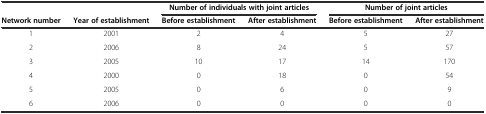
| <COLSPAN=2>  | <COLSPAN=2> Number of individuals with joint articles | <COLSPAN=2> Number of joint articles |
 | Network number | Year of establishment | Before establishment | After establishment | Before establishment | After establishment |
 | --- | --- | --- | --- | --- | --- |
 | 1 | 2001 | 2 | 4 | 5 | 27 |
 | 2 | 2006 | 8 | 24 | 5 | 57 |
 | 3 | 2005 | 10 | 17 | 14 | 170 |
 | 4 | 2000 | 0 | 18 | 0 | 54 |
 | 5 | 2005 | 0 | 6 | 0 | 9 |
 | 6 | 2006 | 0 | 0 | 0 | 0 |